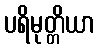
ပရိမုတ္တိယာ